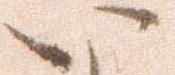
い